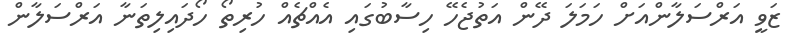
ޒަވީ އަރްސަލާންއަށް ހަމަލަ ދޭން އަތުޖެހޭ ހިސާބުގައި އެއްޗެއް ހުރިތޯ ހޯދައިލިތަނާ އަރްސަލާން